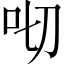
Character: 𠯦